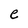
Character: e